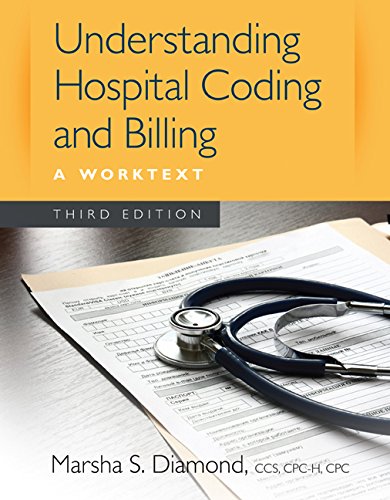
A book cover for Understanding Hospital Coding and Billing: A Worktext; Marsha S Diamond; Business & Money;